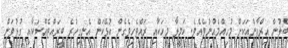
ބެލުން އިރްފާންއަކަށް މުހިއްމެއްނުވެއެވެ. ކަމީލާ މީހަކާއި ރައްޓެހިވެގެން އުޅޭކަން އެނގިހުރެ ބީރައްޓެއްސަކާއި ގުޅުވަން